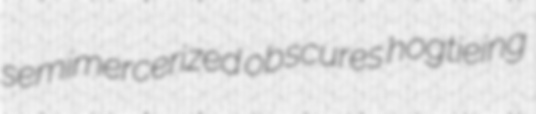
semimercerized obscures hogtieing